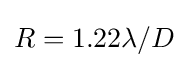
R=1.22\lambda /D